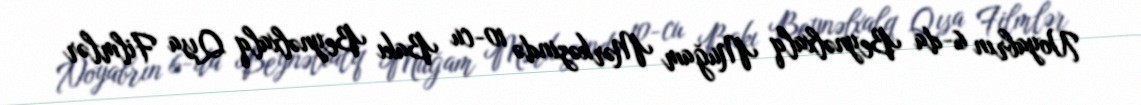
Noyabrın 6-da Beynəlxalq Muğam Mərkəzində 10-cu Bakı Beynəlxalq Qısa Filmlər